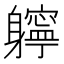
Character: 𨊓